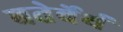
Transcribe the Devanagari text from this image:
बतेर्वेर्थ